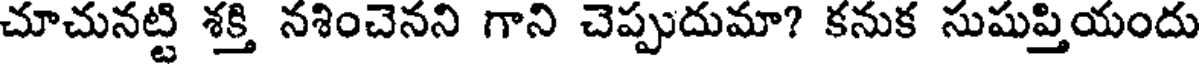
చూచునట్టి శక్తి నశించెనని గాని చెప్పుదుమా? కనుక సుషుప్తియందు